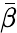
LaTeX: \bar{\beta}